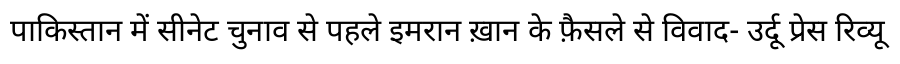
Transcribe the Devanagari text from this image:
पाकिस्तान में सीनेट चुनाव से पहले इमरान ख़ान के फ़ैसले से विवाद- उर्दू प्रेस रिव्यू